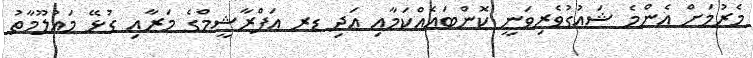
މެރުމަށް އެންމެ ޝައުގުވެރިވަނީ ކޮންބައެއްކަމާއި އަދި ޑރ އަފްރާޝީމްގެ މަރާއި ގުޅޭ މައުލޫމާތު